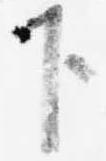
下